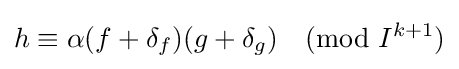
h\equiv \alpha (f+\delta _{f})(g+\delta _{g}){\pmod {I^{k+1}}}